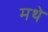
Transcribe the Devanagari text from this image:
मथे